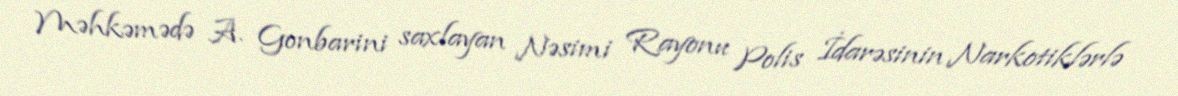
Məhkəmədə A. Gonbarini saxlayan Nəsimi Rayonu Polis İdarəsinin Narkotiklərlə